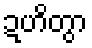
ဍဟိတွာ